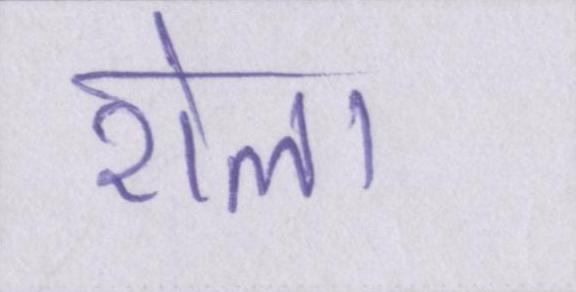
रोला